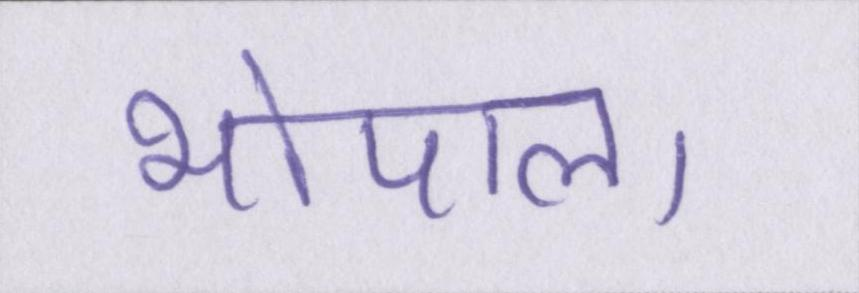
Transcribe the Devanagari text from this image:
भोपाल।